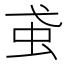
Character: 𧈩